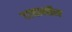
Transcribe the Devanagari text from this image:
दावालौस